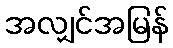
အလျှင်အမြန်